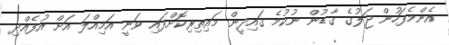
އެންމެފަހުން ޖަލުގެ ގާޑުން ނުކުމެ ގައިދީން މައިތިރިކޮށްފައި ވަނީ އަމިއްލަ އަށް އުފެއްދި